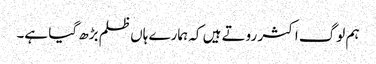
ہم لوگ اکثر روتے ہیں کہ ہمارے ہاں ظلم بڑھ گیا ہے۔